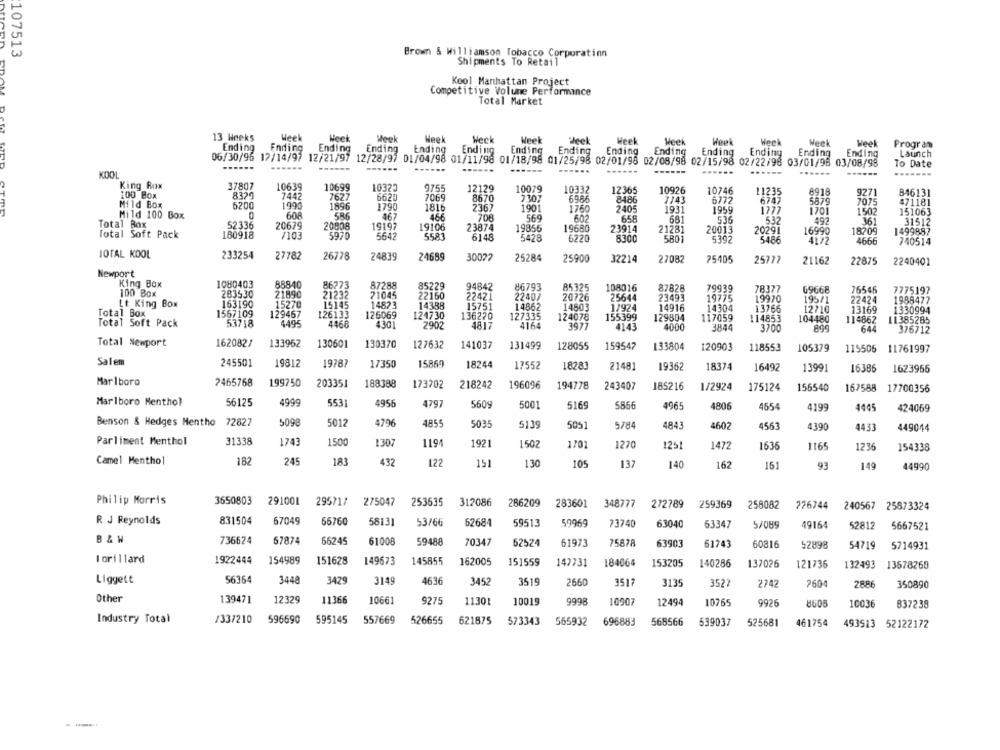
107513
Brown & Williamson Tobacco Corporation
Shipments To Retail
Kool Manhattan Project
Competitive Volume Performance
Total Market
13 Weeks
Week
Week
Week
Neck
Week
Heel
Week
Week
Week
Week
Week
Meek
Ending
Ending
Ending
Ending
Ending
Ending
Ending
Ending
Ending
Ending
Ending
Program
Ending
Ending
Ending
Launch
06/30/96 12/14/97 12/21/97 12/28/9/ 01/04/98 01/11/98 01/18/98 01/25/98 02/01/98 02/08/98 02/15/98 02/22/96 03/01/98 03/08/98
To Date
---
......
......
KOOL
.......
King Rox
37807
10639
10699
10323
9755
12129
10079
100 Box
8320
7442
7627
6620
7069
10332
12365
10926
10746
11235
8918
9271
846131
8670
7307
69.85
8486
1143
6772
6747
5879
7075
$71181
Mild Box
6200
1990
1896
1790
1816
2367
1901
1760
2405
1931
1959
1277
1701
1502
151063
Mild 100 Box
608
586
467
466
706
569
60
658
681
Total Box
52336
20679
20808
19197
19106
536
537
492
361
31512
23874
19855
19680
23914
21281
20013
20291
16990
18209
1499887
Total Soft Pack
180918
/103
5970
5642
5583
6148
5428
6220
8300
5801
5392
4172
4666
740514
IOTAL KOOL
233254
27782
26778
24839
24689
30022
25284
25900
32214
27082
25405
25777
21162
22875
2240401
Newport
King Box
1080403
88840
86273
87288
85229
94842
86793
100 Box
283530
85325
108016
87828
79939
78377
69668
76546
7775197
21890
21232
21045
22160
22421
22407
20726
25644
23493
19775
19970
195/1
22424
1988477
Lt King Box
163190
15270
15145
14823
14388
15751
14862
14803
1/924
14916
14304
13766
12710
Total Box
1567109
129467
126133
126069
124730
136270
127335
124078
155399
13169
1330994
Total Soft Pack
53718
129804
117059
114853
104480
114862
11385285
4495
4468
4301
7002
4817
4164
3977
4143
4000
3844
3700
899
644
376712
Total Newport
162082/
133962
130601
130370
127632
141037
131499
128055
159542
133804
120903
118553
105379
115506
11761997
Salem
245501
19812
19787
17350
15860
18244
17552
18281
21481
19362
18374
16492
13991
16386
1623965
Marlboro
7465768
199750
203351
188388
173702
218242
196096
194778
243407
185216
1/2924
175124
156540
167588
17700356
Marlboro Menthol
56125
4999
5531
4956
4797
5609
5001
5169
5866
4965
4806
4654
4199
4405
424069
Benson & Hedges Mentho 72827
5098
5012
4796
4855
5035
5139
5051
5784
4843
4602
4563
4390
4433
449014
Parliment Menthol
31338
1743
1500
1307
1.194
1921
1502
1701
1270
1251
1472
1636
1165
1235
154338
Camel Menthol
182
245
183
432
122
151
130
105
137
140
162
161
93
149
44990
Philip Morris
3550803
291001 29571/ 275047
253635
312086
286209
283601
348777
272789
259369
258082
776744 240567 25873324
R J Reynolds
831504
67049
66760
58131
53/66
62684
59513
59969
73740
63040
63347
5/089
49164
52812
5667521
B & W
736624
67874
66245
61008
59488
70347
62524
61973
75878
63903
61743
60816
52898
54719
5714931
lorillard
1922444
154989
151628
149673
145855
162005
151559
147731
184064
153205
140286
137026
121736
132493
13578268
Liggett
56364
3448
3429
3149
4636
3452
3519
2660
3517
3135
3527
2242
2604
2886
350890
Other
139471
12329
11366
10661
9275
11301
10019
9998
10907
12494
10765
9926
8608
10036
837238
Industry Total
/33/210
596690
595145
557669
526655
621875
573343
565932
696883
568566
539037
525681
461754
493513 52122172